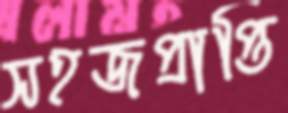
সহজপ্রাপ্তি